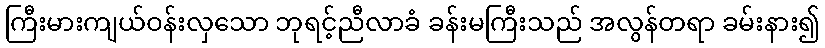
ကြီးမားကျယ်ဝန်းလှသော ဘုရင့်ညီလာခံ ခန်းမကြီးသည် အလွန်တရာ ခမ်းနား၍